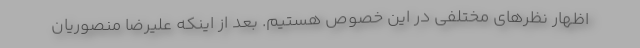
اظهار نظرهای مختلفی در این خصوص هستیم. بعد از اینکه علیرضا منصوریان